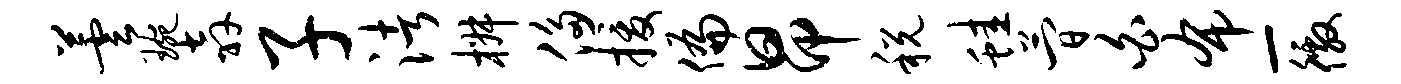
芸琬奔子渚椒侈援偏昂税蛙简白布-徼